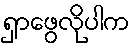
ရှာဖွေလိုပါက